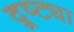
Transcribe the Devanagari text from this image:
द्र्ष्ट्या